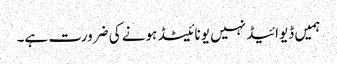
ہمیں ڈیوائیڈ نہیں یونائیٹڈ ہونے کی ضرورت ہے۔